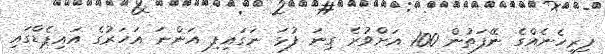
ފިރިހެނެއްގެ ނޭފަތުން 100 އަށްވުރެ ގިނަ ފުޅަ ނަގައިފި އަންނަ އަހަރުގެ އައިޕެޑްގައި